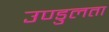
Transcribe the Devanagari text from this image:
उण्डुलता